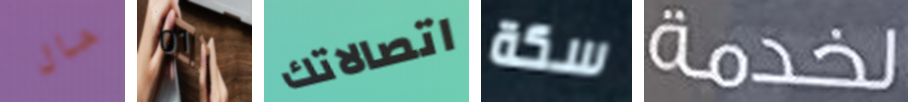
حال 01 اتصالاتك سكة لخدمة